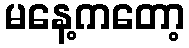
မနေ့ကတော့